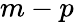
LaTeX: m-p